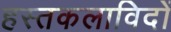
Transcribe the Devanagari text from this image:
हस्तकलाविदों